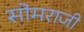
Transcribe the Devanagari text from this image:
सोमराजी